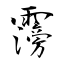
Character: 霶